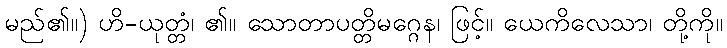
မည်၏။) ဟိ-ယုတ္တံ၊ ၏။ သောတာပတ္တိမဂ္ဂေန၊ ဖြင့်။ ယေကိလေသာ၊ တို့ကို။